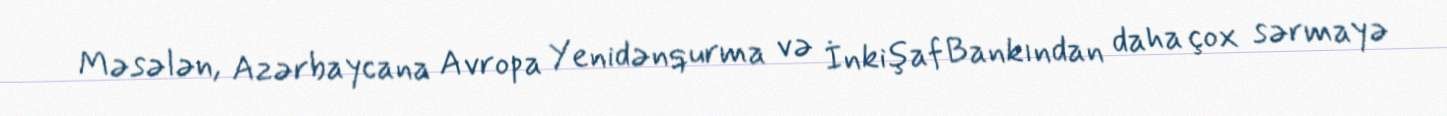
Məsələn, Azərbaycana Avropa Yenidənqurma və İnkişaf Bankından daha çox sərmayə